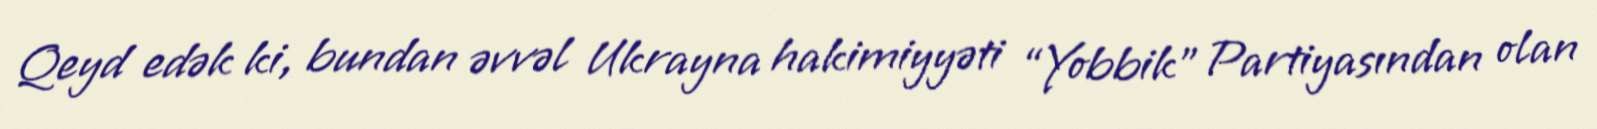
Qeyd edək ki, bundan əvvəl Ukrayna hakimiyyəti “Yobbik” Partiyasından olan